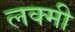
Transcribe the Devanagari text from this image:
लक्मी